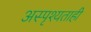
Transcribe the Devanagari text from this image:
अस्पृश्यताही